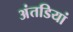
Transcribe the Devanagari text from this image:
अंतडियां